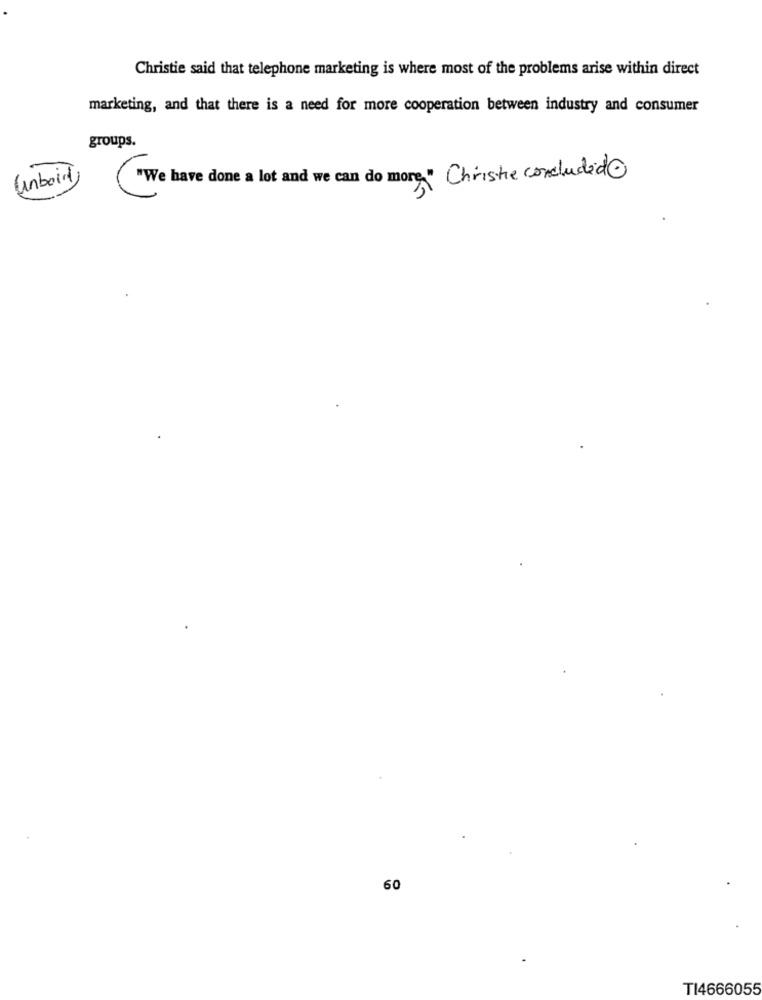
Christie said that telephone marketing is where most of the problems arise within direct
marketing, and that there is a need for more cooperation between industry and consumer
groups.
"We have done a lot and we can do more" Christie concluded@
unboid
60
TI4666055